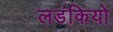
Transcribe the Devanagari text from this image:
लडंकियो